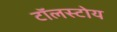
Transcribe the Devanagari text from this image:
टॉलस्टोय